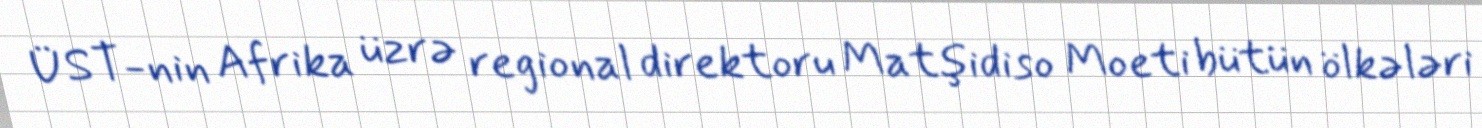
ÜST-nin Afrika üzrə regional direktoru Matşidiso Moeti bütün ölkələri